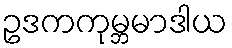
ဥဒကကုမ္ဘမာဒါယ